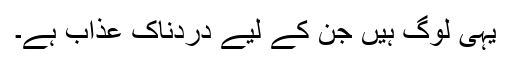
یہی لوگ ہیں جن کے لیے دردناک عذاب ہے۔